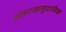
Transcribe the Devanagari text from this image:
अंतरसामुदायिक